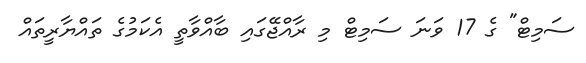
ސަމިޓް" ގެ 17 ވަނަ ސަމިޓް މި ރާއްޖޭގައި ބާއްވާތީ އެކަމުގެ ތައްޔާރީތައް